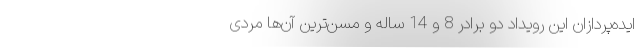
ایده‌پردازان این رویداد دو برادر 8 و 14 ساله و مسن‌ترین آن‌ها مردی